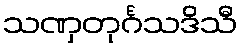
သဏှတုင်္ဂသဒိသီ